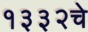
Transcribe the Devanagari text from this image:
१३३२चे